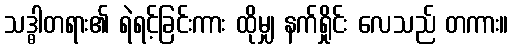
သဒ္ဓါတရား၏ ရဲရင့်ခြင်းကား ထိုမျှ နက်ရှိုင်း လေသည် တကား။